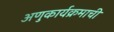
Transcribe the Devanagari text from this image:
अणुकार्यक्रमाची